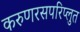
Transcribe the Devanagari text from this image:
करुणरसपरिप्लुत